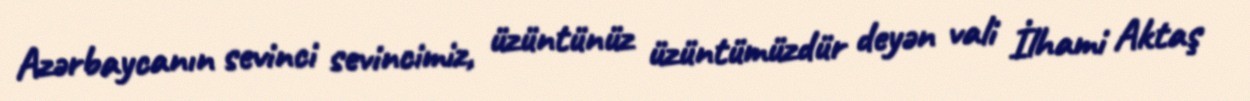
Azərbaycanın sevinci sevincimiz, üzüntünüz üzüntümüzdür deyən vali İlhami Aktaş